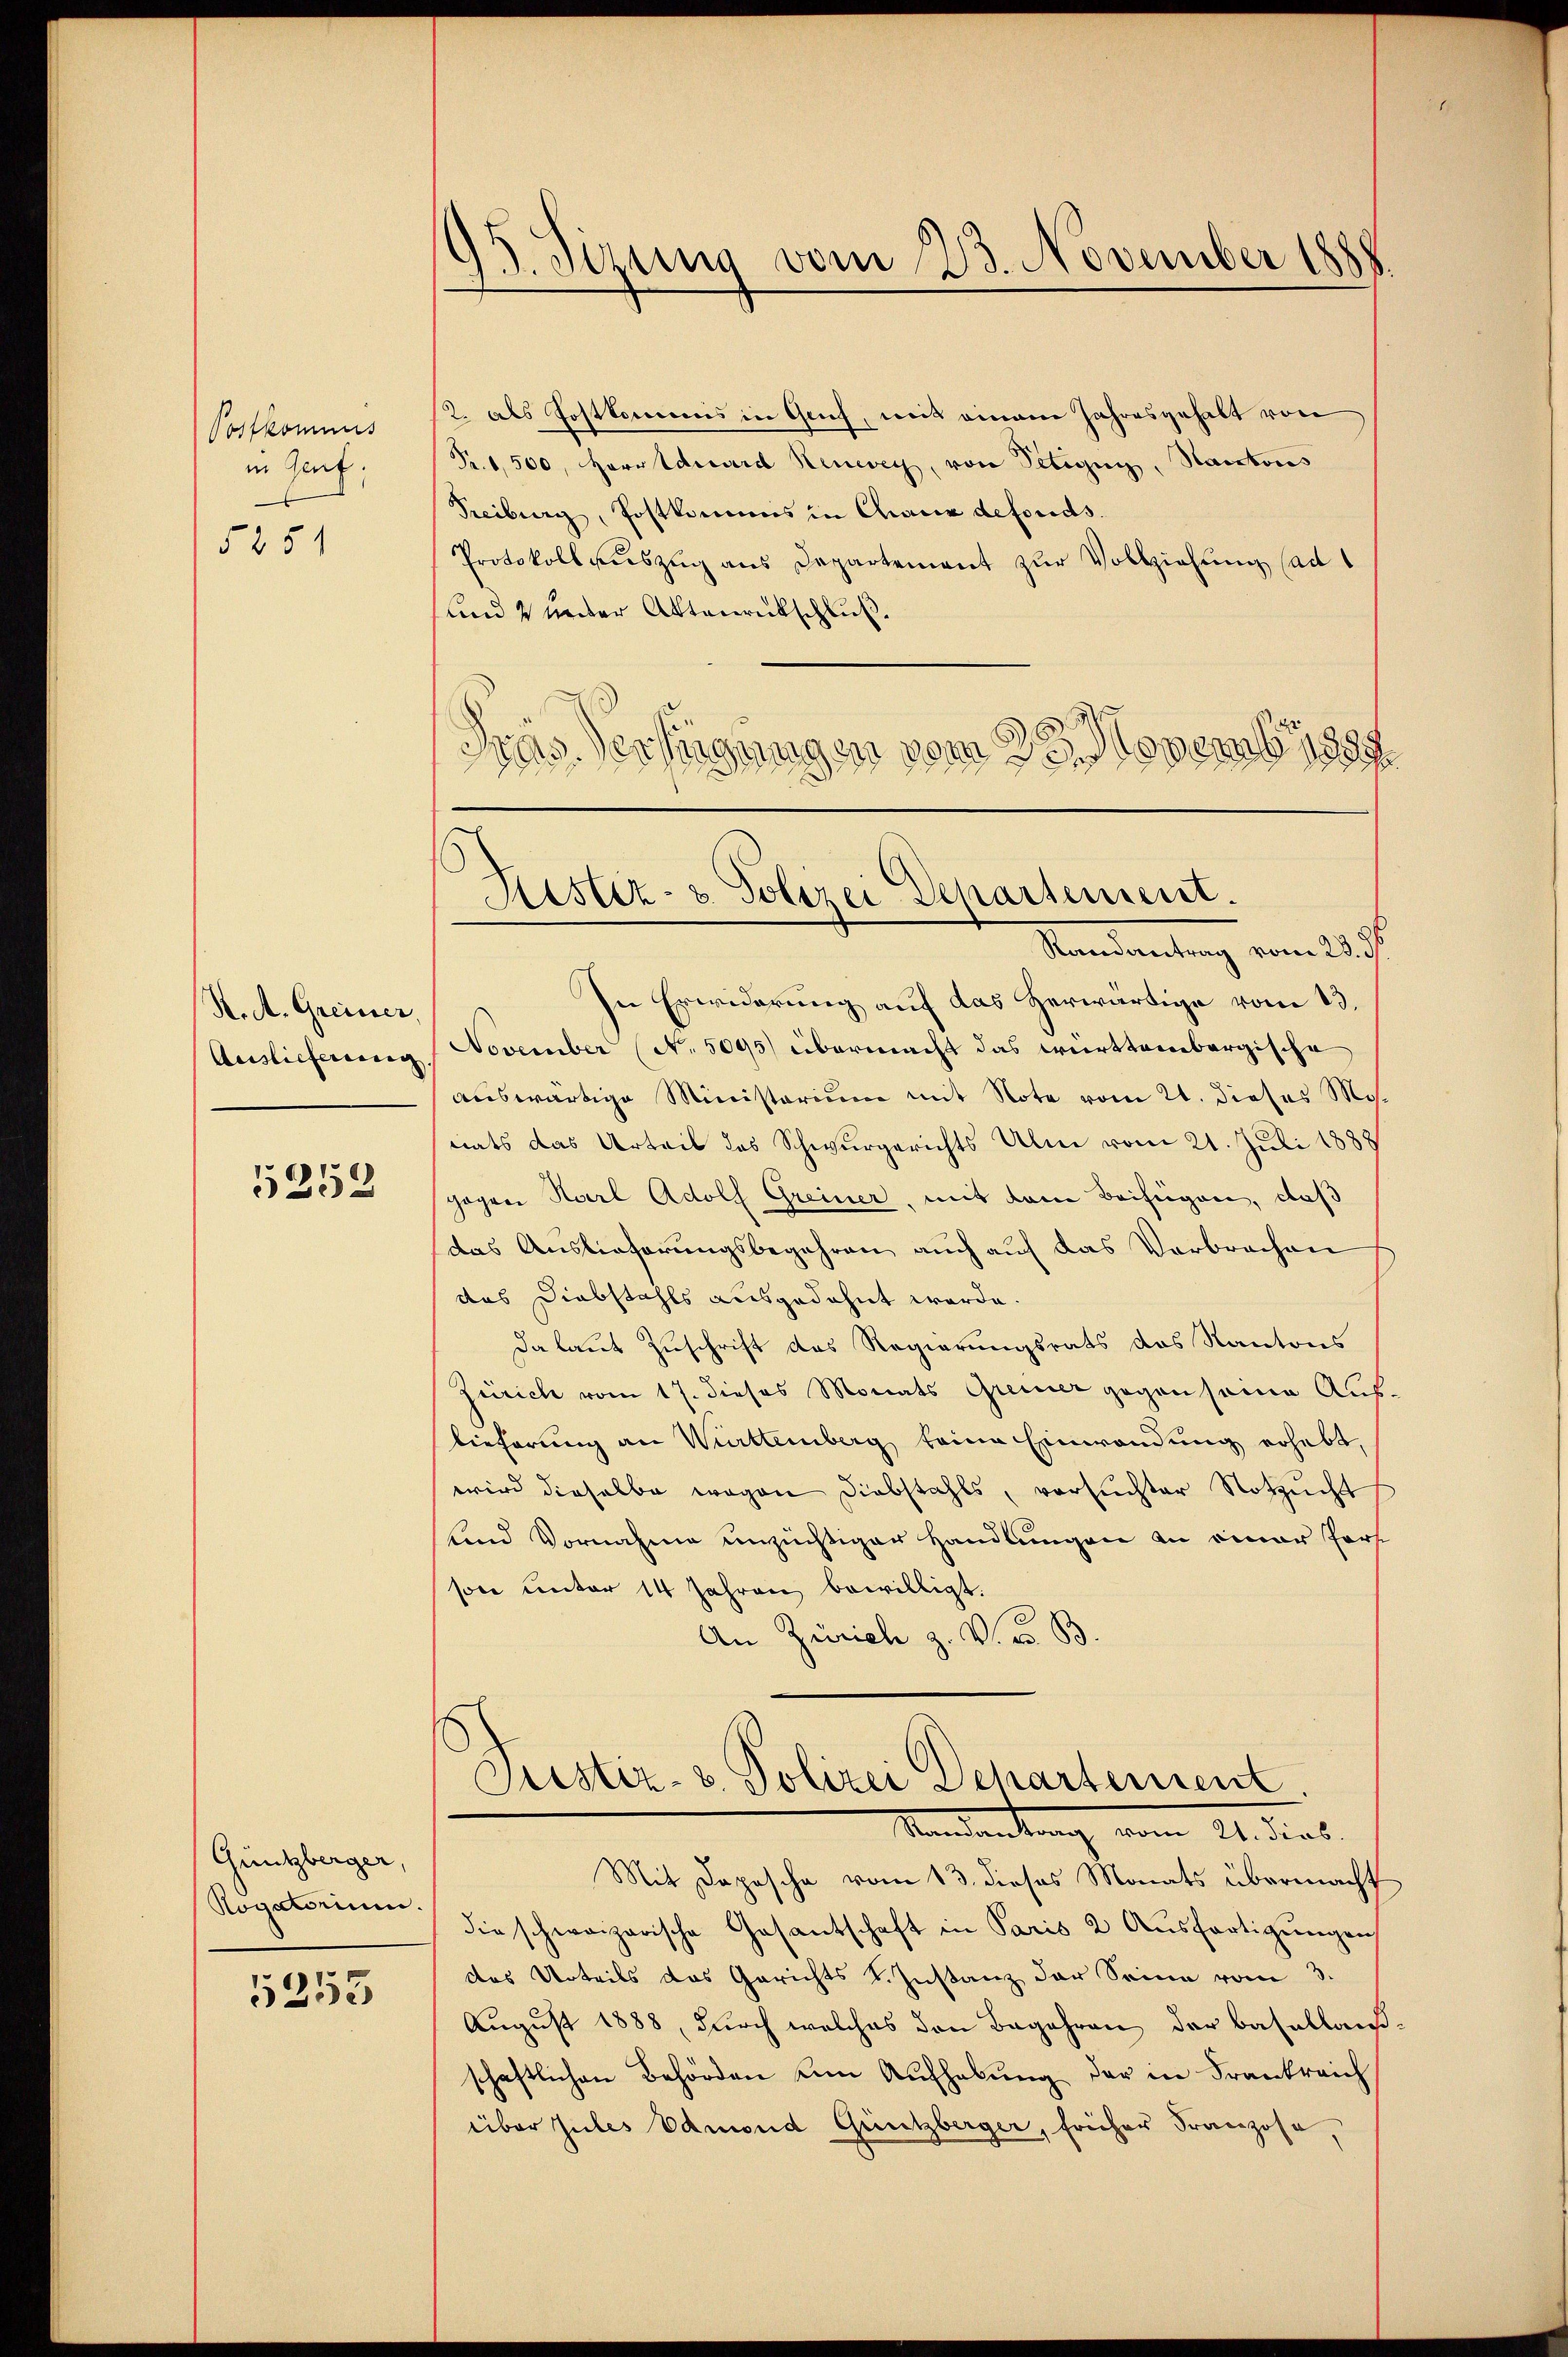
Postkommis
in Genf,
5251

K. A. Greiner
Auslieferung

5259

Guntzberger,
Rogatorium.

5253

¬
Sizung vom 23. November 1888

2. als Postkommis in Genf, mit einem Jahresgehalt von
Fr. 1,500, Herr Eduard Henweg, von Petigny, Kantons
Treiburg, Postkommis in Chaux defonds.
Protokoll aŭszŭg ans Departement zŭr Vollziehung (ad
und 2 under Aktenrückschluß.
Mandantung vom 25.
In Erwiderung auf das Herwärtige vom 13.
November (No. 5095) übermacht das württembergische
auswärtige Ministerium mit Note vom 21. dieses Monats das Urteil des Schwurgerichts Ulm vom 21. Juli 1888
gogen Karl Adolf Greiner, mit dem Beifügen, daß
das Auslieferungsbegehren auch auf das Verbrechen
das Diebstahls ausgedehnt werde.
da laut Zuschrift des Regierungsrats das Kantons
Zürich vom 17. dieses Monats Greiner gegen seine Auslieferung an Württemberg keine Einwendung erhebt,
wird dieselbe wegen Diebstahls, versuchter Notzucht
unnd Vornahme unzüchtiger Handlungen an einer Fors
son unter 14 Jahren bewilligt.
An Zürich z. V. u. B.
Justiz- u. Polizei Departement
Mandankung vom 21. dieb.
Mit Depesche vom 13. dieses Monats übermacht
die schweizerische Gesantschaft in Paris 2 Ausfertigungen
das Urteils das Gerichts Instanz der Seine vom 3.
August 1888, durch welches den Begehren der Basallauß
schaftlichen Behörden um Aufhebung der in Frankreich
über zules Edmond Güntzberger, früher Franzose

Präs. Verfügungen vom 23. Novemb. 1889

Restiz- & Polizei Departement.